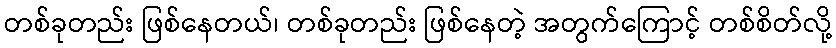
တစ်ခုတည်း ဖြစ်နေတယ်၊ တစ်ခုတည်း ဖြစ်နေတဲ့ အတွက်ကြောင့် တစ်စိတ်လို့